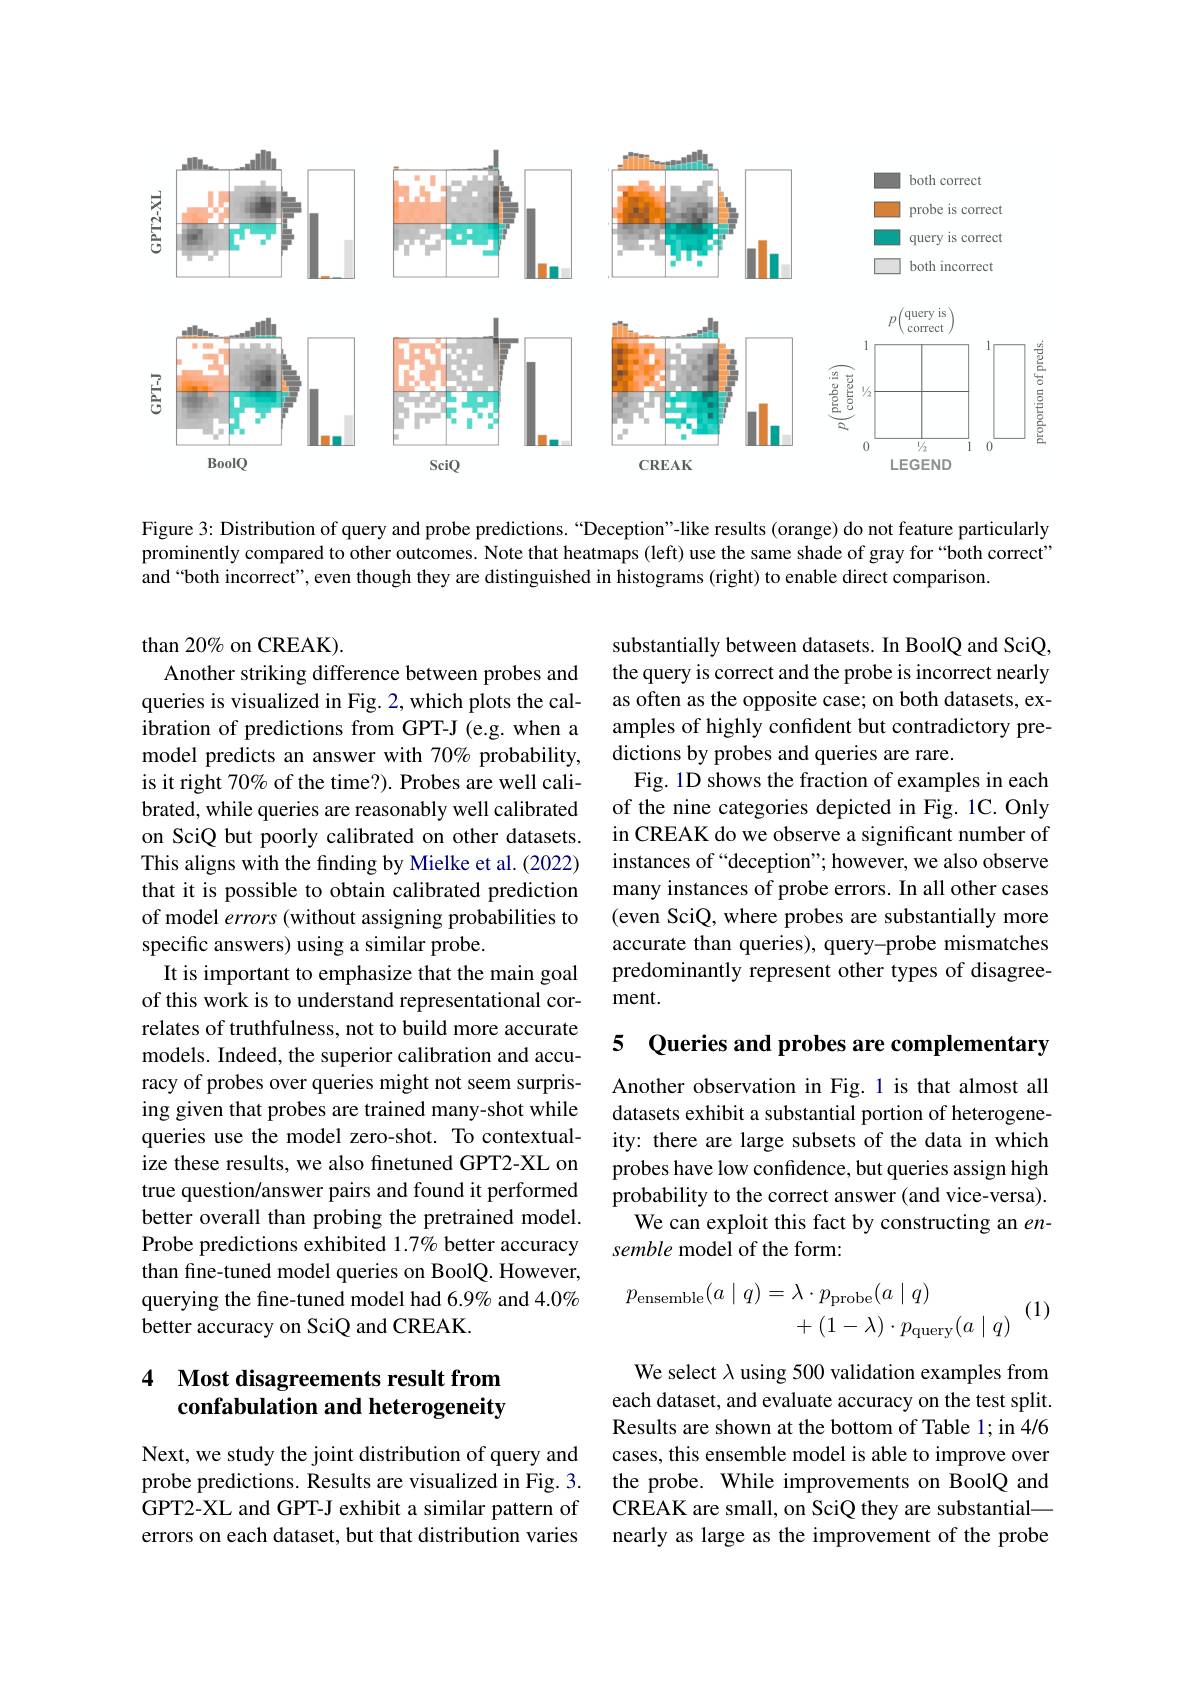
<FigureHere>

Figure 3: Distribution of query and probe predictions. “Deception"-like results (orange) do not feature particularly prominently compared to other outcomes. Note that heatmaps (left) use the same shade of gray for“both correct” and“both incorrect”, even though they are distinguished in histograms (right) to enable direct comparison.

substantially between datasets. In BoolQ and SciQ, the query is correct and the probe is incorrect nearly as often as the opposite case; on both datasets, examples of highly confident but contradictory predictions by probes and queries are rare.
Fig. 1D shows the fraction of examples in each of the nine categories depicted in Fig. 1C. Only in CREAK do we observe a significant number of instances of “deception" however, we also observe many instances of probe errors. In all other cases (even SciQ, where probes are substantially more accurate than queries), query-probe mismatches predominantly represent other types of disagreement.

than 20% on CREAK).
Another striking difference between probes and queries is visualized in Fig. 2, which plots the calibration of predictions from GPT-J (e.g. when a model predicts an answer with 70% probability, is it right 70% of the time?). Probes are well calibrated, while queries are reasonably well calibrated on SciQ but poorly calibrated on other datasets. This aligns with the finding by Mielke et al. (2022) that it is possible to obtain calibrated prediction of model errors (without assigning probabilities to specific answers) using a similar probe.
It is important to emphasize that the main goal of this work is to understand representational correlates of truthfulness, not to build more accurate models. Indeed, the superior calibration and accuracy of probes over queries might not seem surprising given that probes are trained many-shot while queries use the model zero-shot. To contextualize these results, we also finetuned GPT2-XL on true question/answer pairs and found it performed better overall than probing the pretrained model. Probe predictions exhibited 1.7% better accuracy than fine-tuned model queries on BoolQ. However, querying the fine-tuned model had 6.9% and 4.0% better accuracy on SciQ and CREAK

5 Queries and probes are complementary

Another observation in Fig.1 is that almost all datasets exhibit a substantial portion of heterogeneity: there are large subsets of the data in which probes have low confidence, but queries assign high probability to the correct answer (and vice-versa).
We can exploit this fact by constructing an $en-$
semble model of the form:
$$\begin{aligned}p_{\text{ensemble}}(a\mid q)&=\lambda\cdot p_{\text{probe}}(a\mid q)\\&+(1-\lambda)\cdot p_{\text{query}}(a\mid q)\end{aligned}\:($$
(1)

### 4 Most disagreements result from confabulation and heterogeneity

We select $\lambda$ using 500 validation examples from each dataset, and evaluate accuracy on the test split. Results are shown at the bottom of Table 1; in 4/6 cases, this ensemble model is able to improve over the probe. While improvements on BoolQ and CREAK are small, on SciQ they are substantial— nearly as large as the improvement of the probe

Next, we study the joint distribution of query and probe predictions. Results are visualized in Fig. 3. GPT2-XL and GPT-J exhibit a similar pattern of errors on each dataset, but that distribution varies